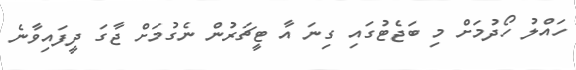
ހައްލު ހޯދުމަށް މި ބަޖެޓުގައި ގިނަ އާ ޓީޗަރުން ނެގުމަށް ޖާގަ ދީފައިވާނެ